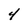
Character: 4